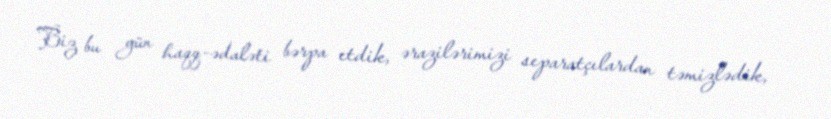
Biz bu gün haqq-ədaləti bərpa etdik, ərazilərimizi separatçılardan təmizlədik,